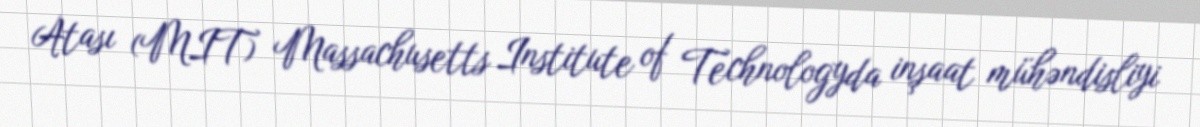
Atası (MIT) Massachusetts Institute of Technologyda inşaat mühəndisliyi